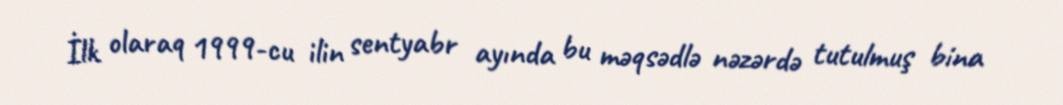
İlk olaraq 1999-cu ilin sentyabr ayında bu məqsədlə nəzərdə tutulmuş bina